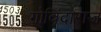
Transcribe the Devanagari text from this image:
गोविंदाराज